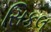
સિકલ